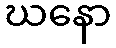
ဃနော